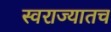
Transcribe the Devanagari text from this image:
स्वराज्यातच